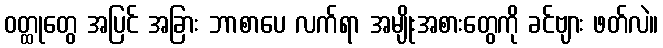
ဝတ္ထုတွေ အပြင် အခြား ဘာစာပေ လက်ရာ အမျိုးအစားတွေကို ခင်ဗျား ဖတ်လဲ။